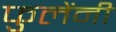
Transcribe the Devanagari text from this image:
फुलेंनी